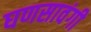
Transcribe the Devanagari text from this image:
घणसावंगी